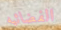
الفضائيه